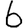
Digit: 6